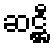
ဆဋ္ဌီ